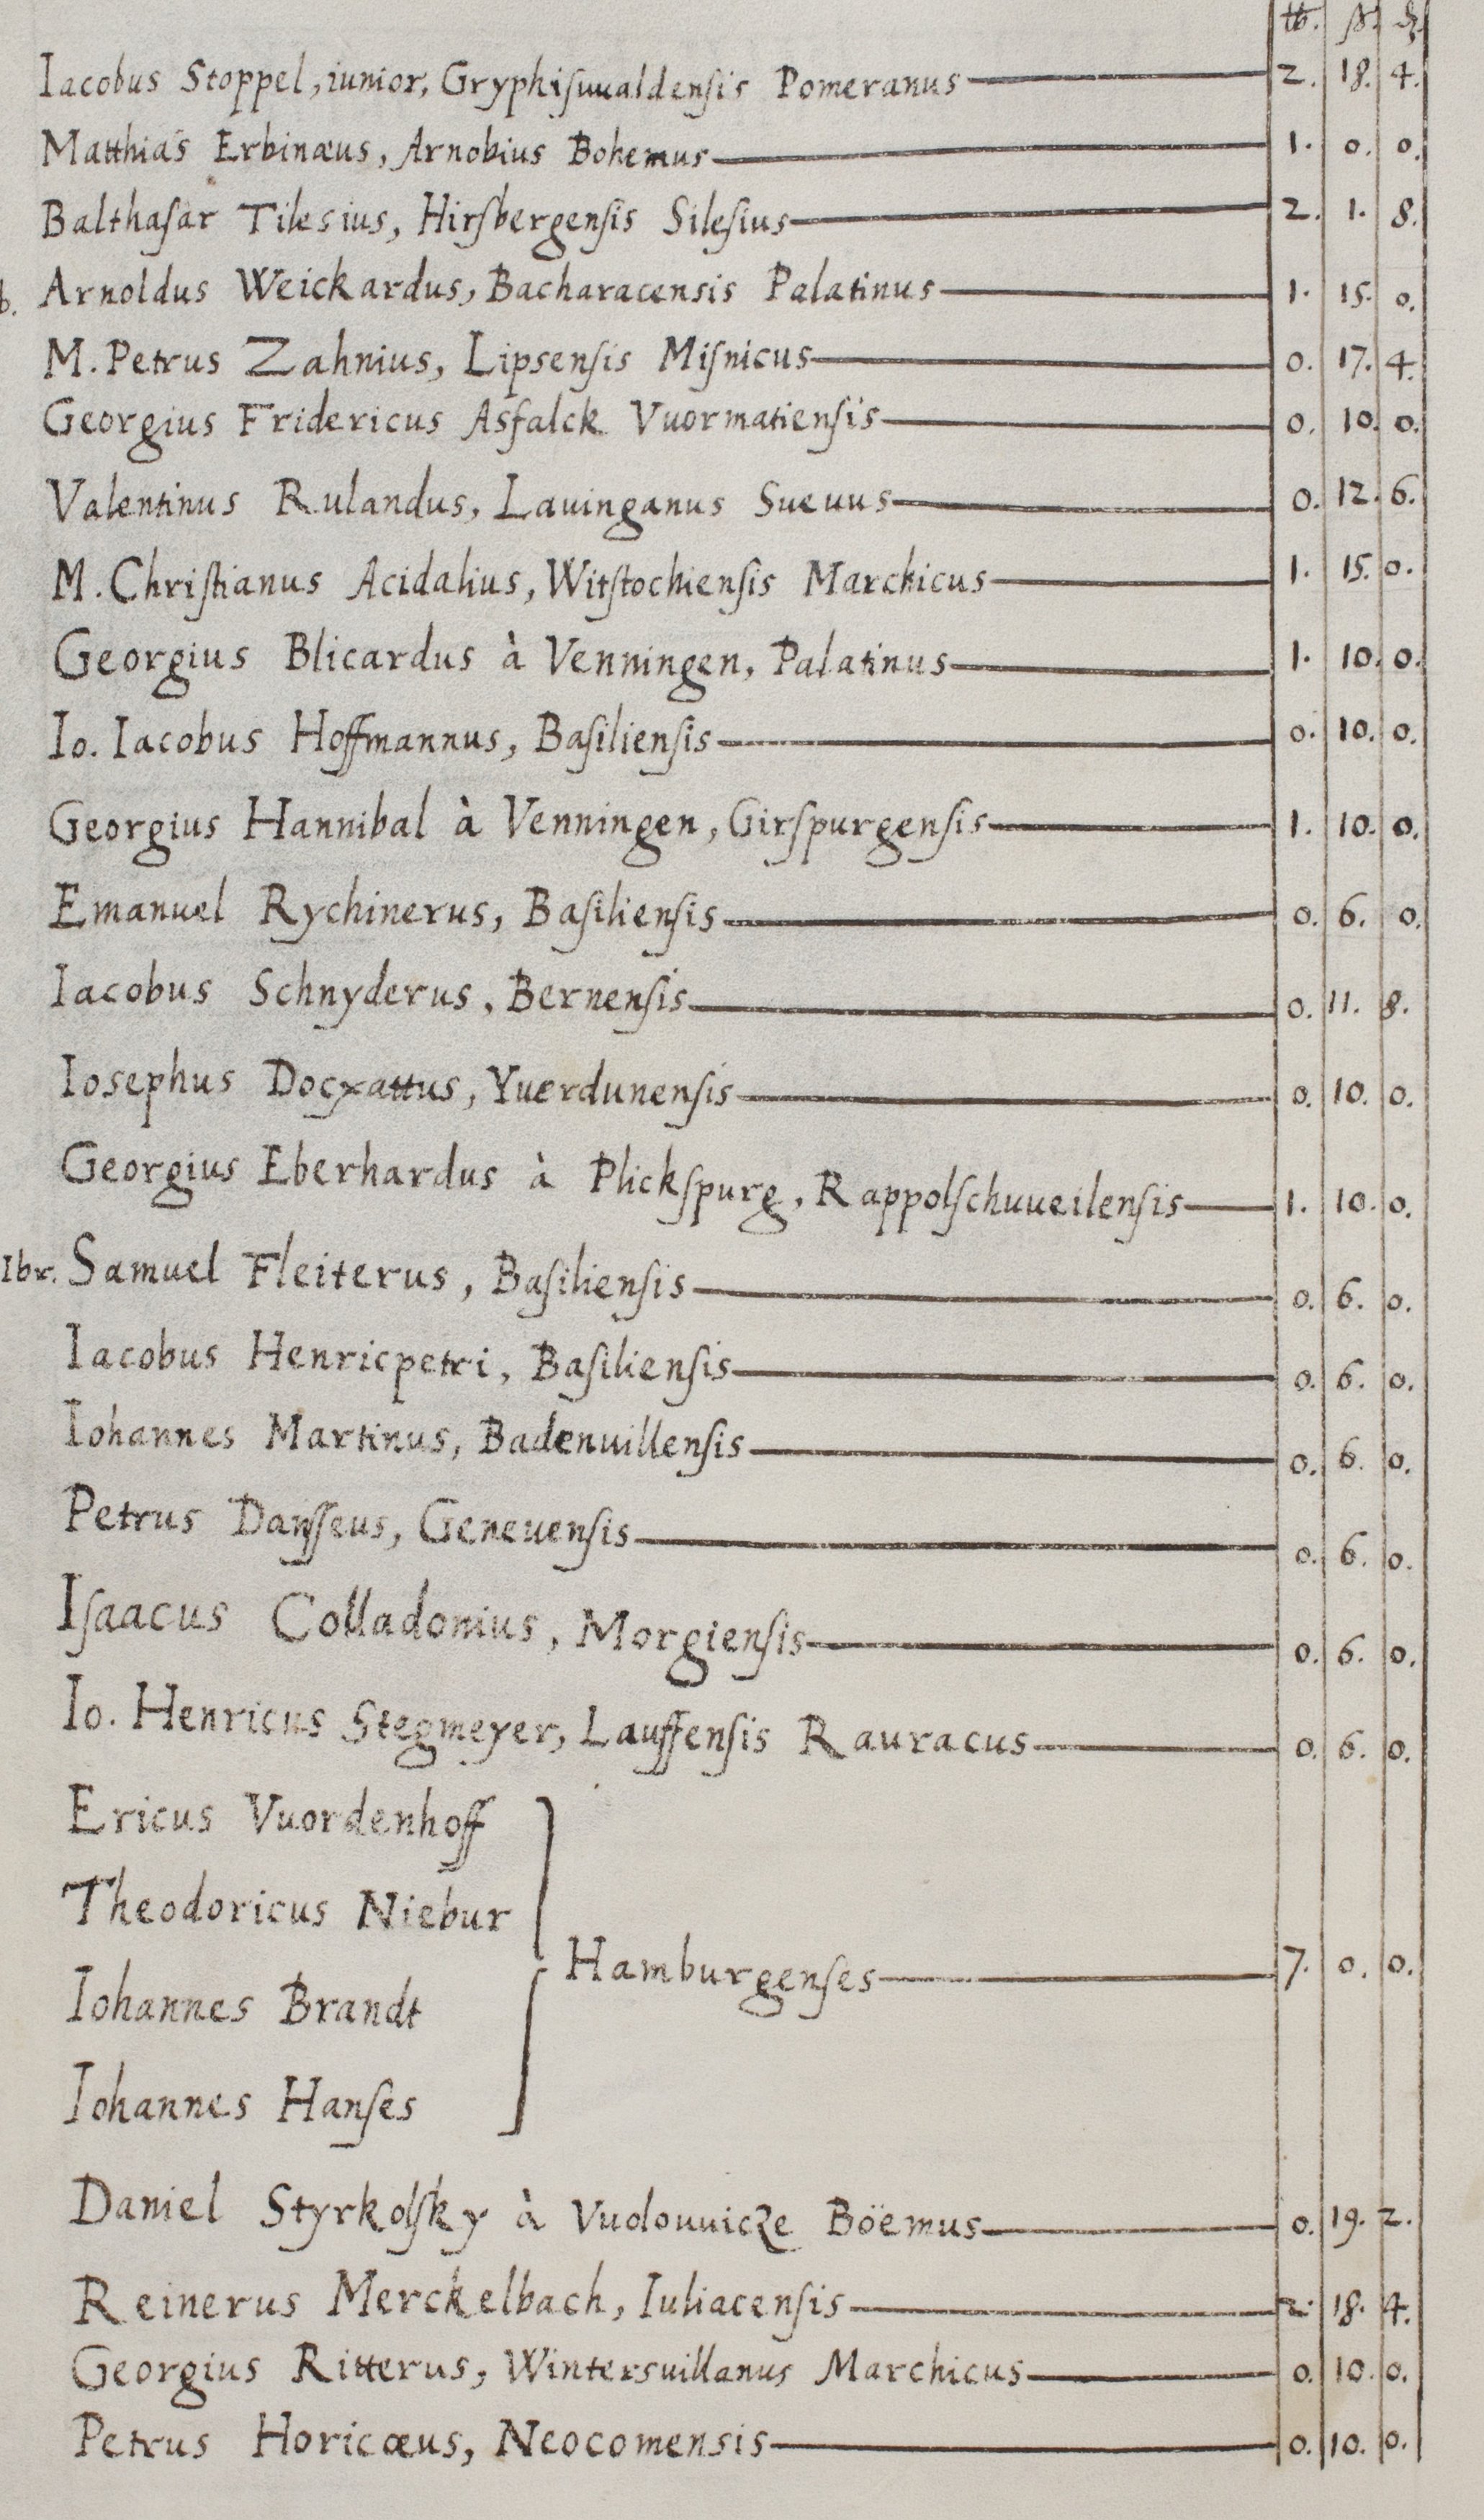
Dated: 1568–1653